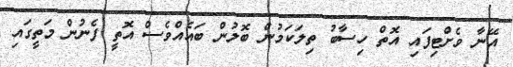
އޭނާ ވެށްޓިފައި އޮތް ހިސާބު ތިލަކަމުން ބޮލުން ބައެއްވެސް އޮތީ ފެނުން މަތީގައި